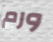
ورم